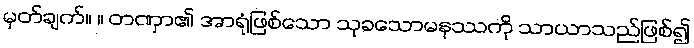
မှတ်ချက်။ ။ တဏှာ၏ အာရုံဖြစ်သော သုခသောမနဿကို သာယာသည်ဖြစ်၍